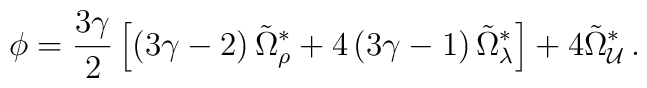
\phi = \frac{3\gamma}{2}\left[ \left(3\gamma-2\right)\tilde{\Omega}^\ast_\rho+4\left(3\gamma-1\right)\tilde{\Omega}^\ast_\lambda\right]+4\tilde{\Omega}^\ast_{\cal U}\,.